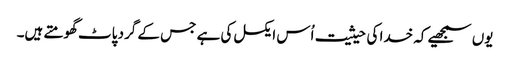
یوں سمجھیے کہ خدا کی حیثیت اُس ایکسل کی ہے جس کے گرد پاٹ گھومتے ہیں۔